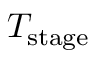
T _ { \mathrm { s t a g e } }